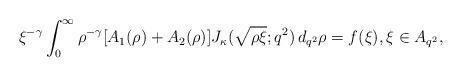
LaTeX: \begin{align*} \xi^{-\gamma} \int_0^\infty \rho^{-\gamma} [A_1(\rho)+A_2(\rho)] J_\kappa (\sqrt{\rho \xi}; q^2) \,d_{q^2}\rho= f (\xi), \xi\in A_{q^2}, \end{align*}